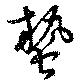
蟄